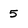
Character: 5